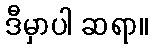
ဒီမှာပါ ဆရာ။